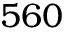
5 6 0